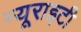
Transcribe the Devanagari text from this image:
न्यूराइटी